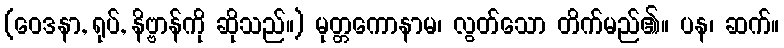
(ဝေဒနာ, ရုပ်, နိဗ္ဗာန်ကို ဆိုသည်။) မုတ္တကောနာမ၊ လွတ်သော တိက်မည်၏။ ပန၊ ဆက်။